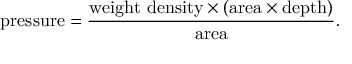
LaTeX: { \mathrm { p r e s s u r e } } = { \frac { { \mathrm { w e i g h t ~ d e n s i t y } } \times { \mathrm { ( a r e a } } \times { \mathrm { d e p t h ) } } } { \mathrm { a r e a } } } .